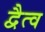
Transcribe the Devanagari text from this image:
द्वैत्व